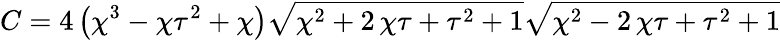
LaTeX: C=4\, {\left({\chi}^{3}-{\chi}{\tau}^{2}+{\chi}\right)}\sqrt{{\chi}^{2}+2\, {\chi}{\tau}+{\tau}^{2}+1}\sqrt{{\chi}^{2}-2\, {\chi}{\tau}+{\tau}^{2}+1}